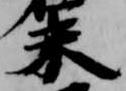
未